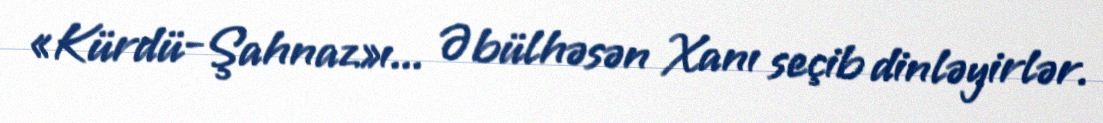
«Kürdü-Şahnaz»ı... Əbülhəsən Xanı seçib dinləyirlər.